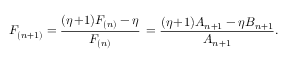
F _ { ( n + 1 ) } = \frac { ( \eta \! + \! 1 ) F _ { ( n ) } - \eta } { F _ { ( n ) } } \, = \frac { ( \eta \! + \! 1 ) A _ { n + 1 } - \eta B _ { n + 1 } } { A _ { n + 1 } } .